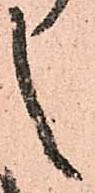
し